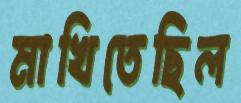
মাখিতেছিল